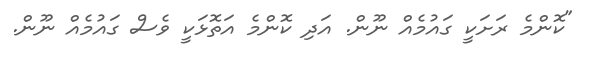
"ކޮންމެ ރަށަކީ ގައުމެއް ނޫން. އަދި ކޮންމެ އަތޮޅަކީ ވެސް ގައުމެއް ނޫން.